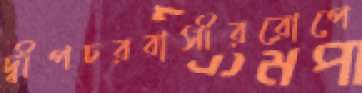
দ্বীপচরবাসীররোপে